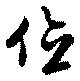
位